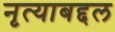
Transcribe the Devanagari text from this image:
नृत्याबद्दल